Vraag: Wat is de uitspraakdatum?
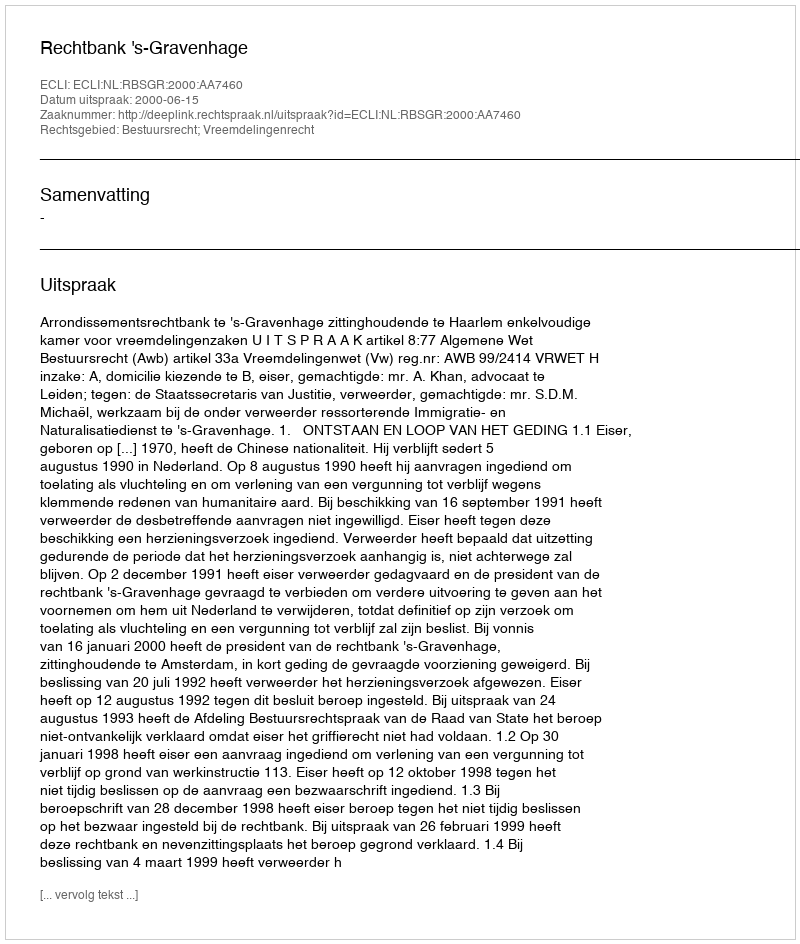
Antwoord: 2000-06-15